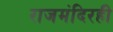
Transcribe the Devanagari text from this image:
राजमंदिरही